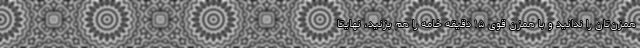
همزن‌تان را ندانید و با همزن قوی ۱۵ دقیقه خامه را هم بزنید، نهایتاً